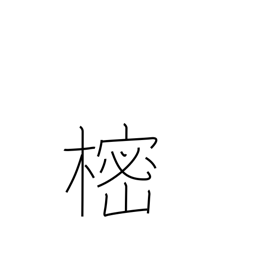
Meaning: tree whose branches are placed on Buddhist graves